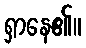
ရှာနေ၏။